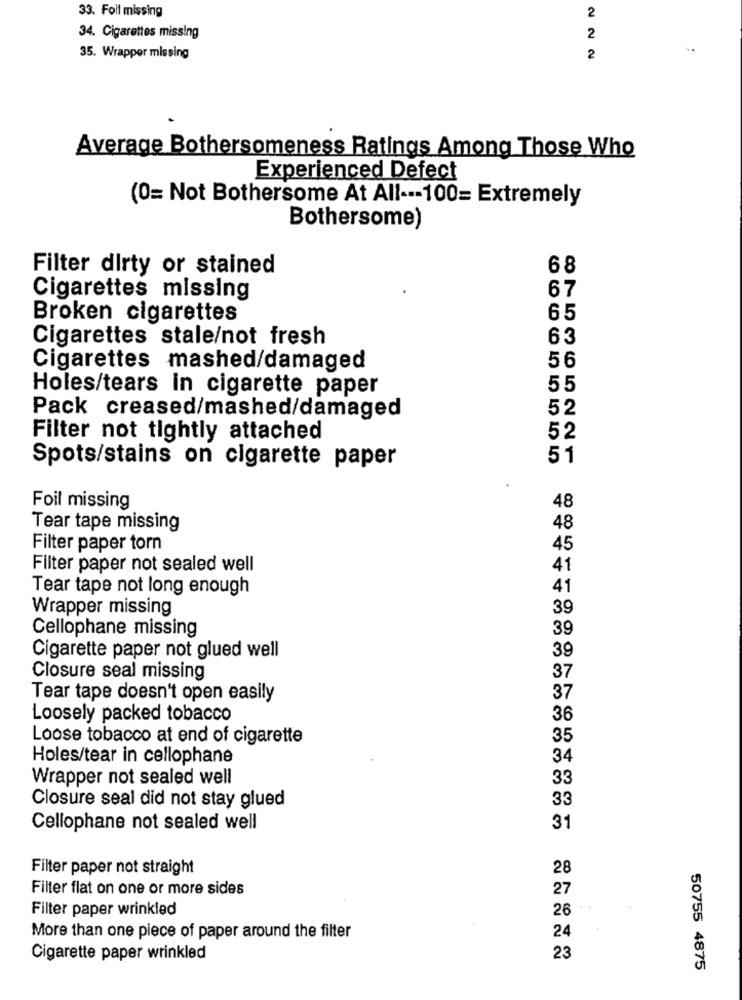
33. Foil missing
2
34. Cigarettes missing
2
35. Wrapper missing
2
Average Bothersomeness Ratings Among Those Who
Experienced Defect
(0= Not Bothersome At All --- 100= Extremely
Bothersome)
Filter dirty or stained
68
67
Cigarettes missing
Broken cigarettes
65
Cigarettes stale/not fresh
63
56
Cigarettes mashed/damaged
Holes/tears in cigarette paper
55
52
Pack creased/mashed/damaged
Filter not tightly attached
52
51
Spots/stains on cigarette paper
48
Foil missing
Tear tape missing
Filter paper torn
Filter paper not sealed well
Tear tape not long enough
Wrapper missing
Cellophane missing
39
Cigarette paper not glued well
Closure seal missing
Tear tape doesn't open easily
Loosely packed tobacco
Loose tobacco at end of cigarette
Holes/tear in cellophane
Wrapper not sealed well
Closure seal did not stay glued
Cellophane not sealed well
31
Filter paper not straight
28
Filter flat on one or more sides
Filter paper wrinkled
More than one piece of paper around the filter
Cigarette paper wrinkled
23
50755 4875